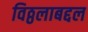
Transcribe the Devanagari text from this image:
विठ्ठलाबद्दल